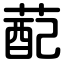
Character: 蓜